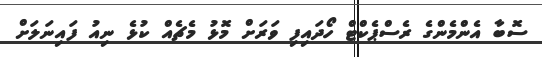
ސޮބާ އެންމެންގެ ރެސްޕެކްޓް ހޯދައިފި ވަރަށް މޮޅު މެޗެއް ކުޅެ ނިއު ފައިނަލަށް